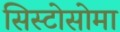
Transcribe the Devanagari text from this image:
सिस्टोसोमा